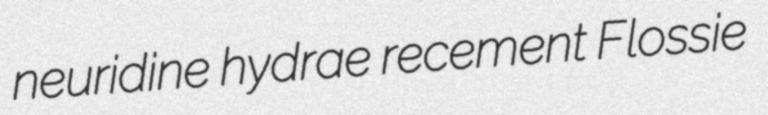
neuridine hydrae recement Flossie